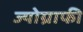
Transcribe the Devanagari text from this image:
ज्योग्राफी